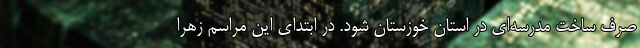
صرف ساخت مدرسه‌ای در استان خوزستان شود. در ابتدای این مراسم زهرا